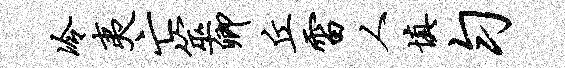
冷夷亡筮卿丘雷人填匀